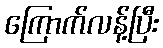
ကြောက်လန့်ပြီး